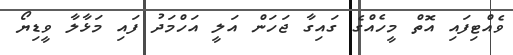
ވެއްޓިފައި އޮތް މީހެއްގެ ގައިގާ ޖަހަން އަލީ އަހްމަދު ފައި މަޅާލާ ވީޑިޔޯ